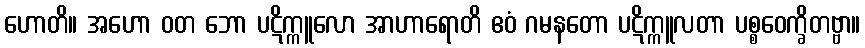
ဟောတိ။ အဟော ဝတ ဘော ပဋိက္ကူလော အာဟာရောတိ ဧဝံ ဂမနတော ပဋိက္ကူလတာ ပစ္စဝေက္ခိတဗ္ဗာ။